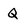
Character: Q